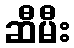
ဆီမီး